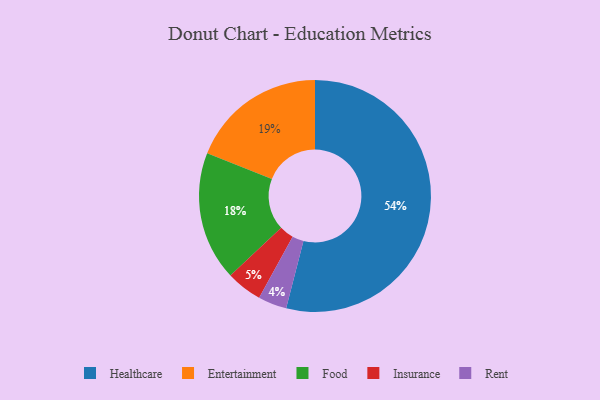
{"axis": {"x": "Category", "y": "Percentage"}, "legend": ["Entertainment", "Food", "Healthcare", "Insurance", "Rent"], "data": [{"x": "Food", "y": 18, "type": "Food"}, {"x": "Entertainment", "y": 19, "type": "Entertainment"}, {"x": "Healthcare", "y": 54, "type": "Healthcare"}, {"x": "Rent", "y": 4, "type": "Rent"}, {"x": "Insurance", "y": 5, "type": "Insurance"}]}